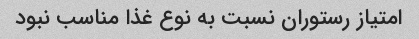
امتیاز رستوران نسبت به نوع غذا مناسب نبود